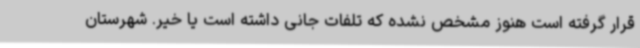
قرار گرفته است هنوز مشخص نشده که تلفات جانی داشته است یا خیر. شهرستان